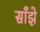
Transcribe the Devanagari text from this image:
साँझे